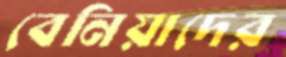
বেনিয়াদের